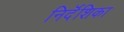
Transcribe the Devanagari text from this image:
निर्दॆशिका